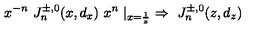
x ^ { - n } \ J _ { n } ^ { \pm , 0 } ( x , d _ { x } ) \ x ^ { n } \mid _ { x = { \frac { 1 } { z } } } \ \Rightarrow \ J _ { n } ^ { \pm , 0 } ( z , d _ { z } )